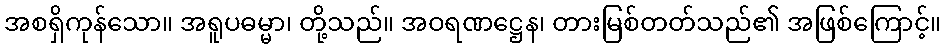
အစရှိကုန်သော။ အရူပဓမ္မာ၊ တို့သည်။ အဝရဏဋ္ဌေန၊ တားမြစ်တတ်သည်၏ အဖြစ်ကြောင့်။